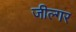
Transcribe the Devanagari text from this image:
जील्‍गर